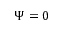
\Psi = 0